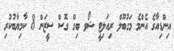
އިންޑިއާގެ އެންމެ މަގުބޫލް ރިއަލިޓީ ޝޯވ ބިގް ގޮސް ސީޒަން 8 ކާމިޔާބުކުރި